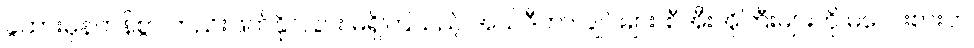
ခွဲထားမှန်ကန်စွာ တည်းဖြတ်နိုင်ခြင်း မရှိကြသည့် အယ်ဒီတာ ချုပ်များ၊ စီအီးအိုကြီးများကို မလေးစားဘဲ